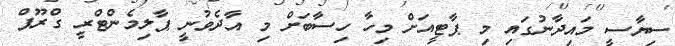
ސިޔާސީ މައިދާނުގައި މި ޕާޓީއަށް މިހާ ހިސާބަށް މި އާދެވުނީ ޕާލިމެންޓްރީ ގްރޫޕް